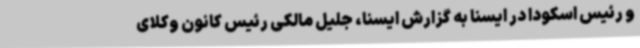
و رئیس اسکودا در ایسنا به گزارش ایسنا، جلیل مالکی رئیس کانون وکلای